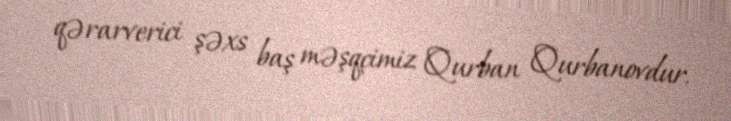
qərarverici şəxs baş məşqçimiz Qurban Qurbanovdur.